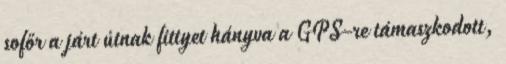
sofőr a járt útnak fittyet hányva a GPS-re támaszkodott,